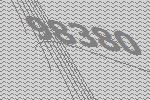
98380